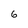
Character: 6